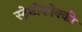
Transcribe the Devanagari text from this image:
स्ट्रेप्टोकोक्की